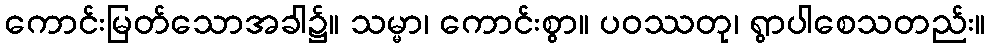
ကောင်းမြတ်သောအခါ၌။ သမ္မာ၊ ကောင်းစွာ။ ပဝဿတု၊ ရွာပါစေသတည်း။